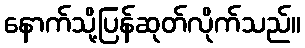
နောက်သို့ပြန်ဆုတ်လိုက်သည်။